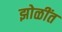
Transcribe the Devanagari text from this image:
झोळींत